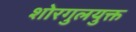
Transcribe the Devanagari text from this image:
शोरगुलयुक्त